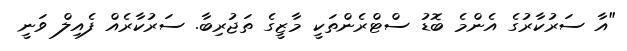
"އާ ސަރުކާރުގެ އެންމެ ބޮޑު ސްޓްރެންތަކީ މާޒީގެ ތަޖުރިބާ. ސަރުކާރެއް ފެއިލް ވަނީ